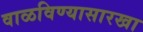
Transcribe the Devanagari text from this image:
वाळविण्यासारखा